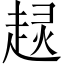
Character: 𧼍